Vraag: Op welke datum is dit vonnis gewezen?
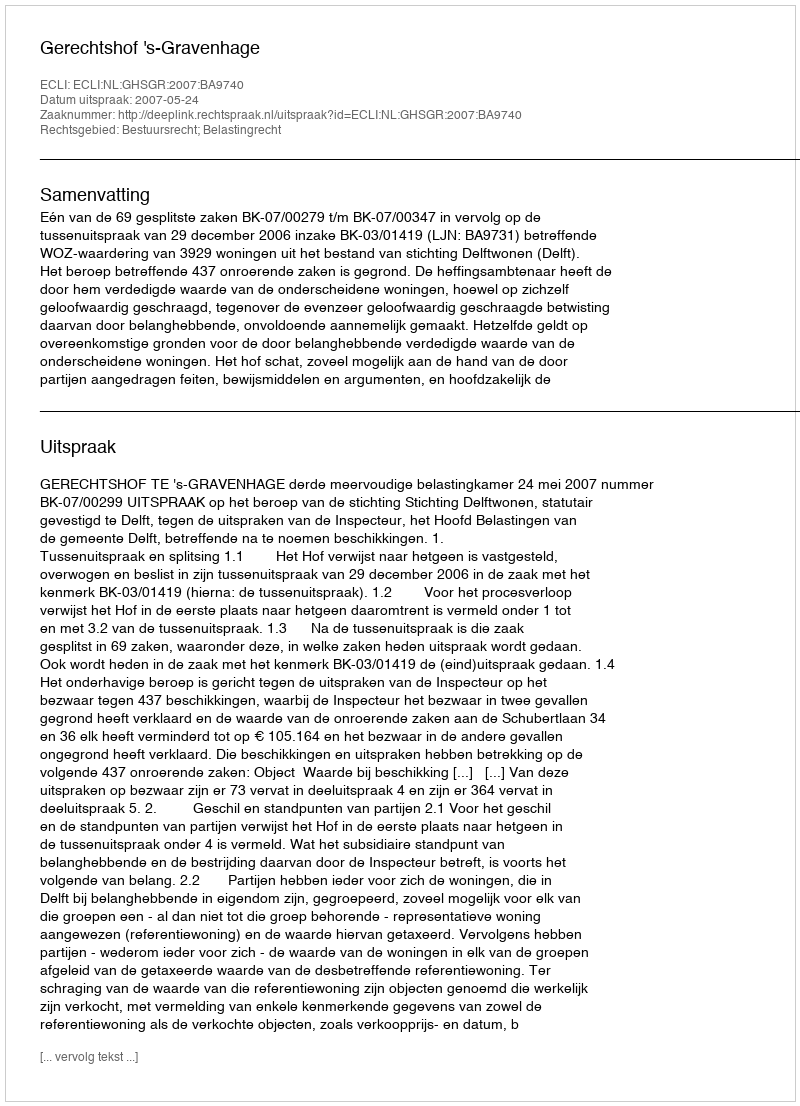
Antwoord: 2007-05-24